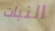
النبات